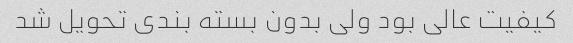
کیفیت عالی بود ولی بدون بسته بندی تحویل شد